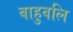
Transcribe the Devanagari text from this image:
वाहुवलि